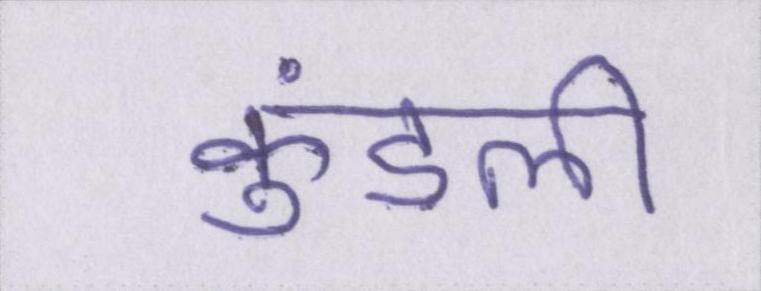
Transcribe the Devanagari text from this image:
कुंडली